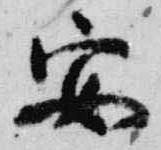
安